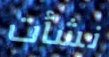
نشأت